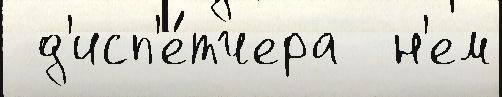
 д'исп'е́тчера  н'ем